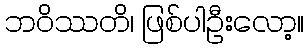
ဘဝိဿတိ၊ ဖြစ်ပါဦးလော့။